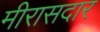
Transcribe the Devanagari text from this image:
मीरासदार